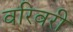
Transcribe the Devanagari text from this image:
वरिवरी